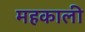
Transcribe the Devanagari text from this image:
महकाली